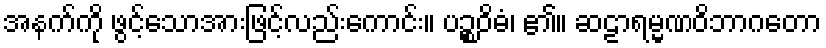
အနက်ကို ဖွင့်သောအားဖြင့်လည်းကောင်း။ ပဉ္စဝိဓံ၊ ၏။ ဆဠာရမ္မဏဝိဘာဂတော